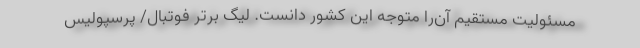
مسئولیت مستقیم آن‌را متوجه این کشور دانست. لیگ برتر فوتبال/ پرسپولیس